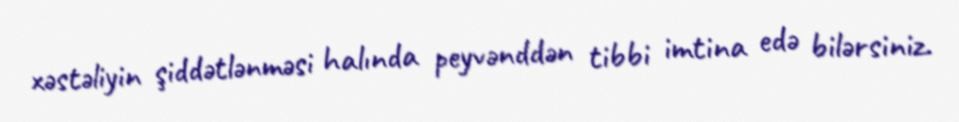
xəstəliyin şiddətlənməsi halında peyvənddən tibbi imtina edə bilərsiniz.